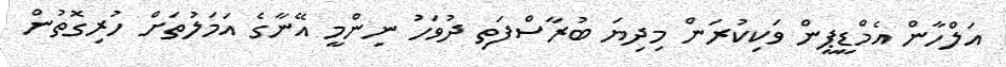
އަލްހާން އެމްޑީޕީން ވަކިކުރަން މިދިޔަ ބުރާސްފަތި ދުވަހު ނިންމީ އޭނާގެ އަމަލުތަށް ހުރިގޮތުން